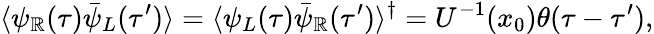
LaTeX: \langle\psi_{\mathbb{R}}(\tau)\bar{{\psi}}_{L}(\tau^{\prime})\rangle=\langle\psi_{L}(\tau)\bar{{\psi}}_{\mathbb{R}}(\tau^{\prime})\rangle^{\dagger}=U^{-1}(x_{0})\theta(\tau-\tau^{\prime}),